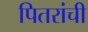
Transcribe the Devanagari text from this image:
पितरांची